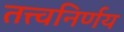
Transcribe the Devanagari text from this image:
तत्त्वनिर्णय